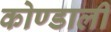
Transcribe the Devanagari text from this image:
कोण्डाली